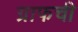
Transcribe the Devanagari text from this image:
ग्राफची